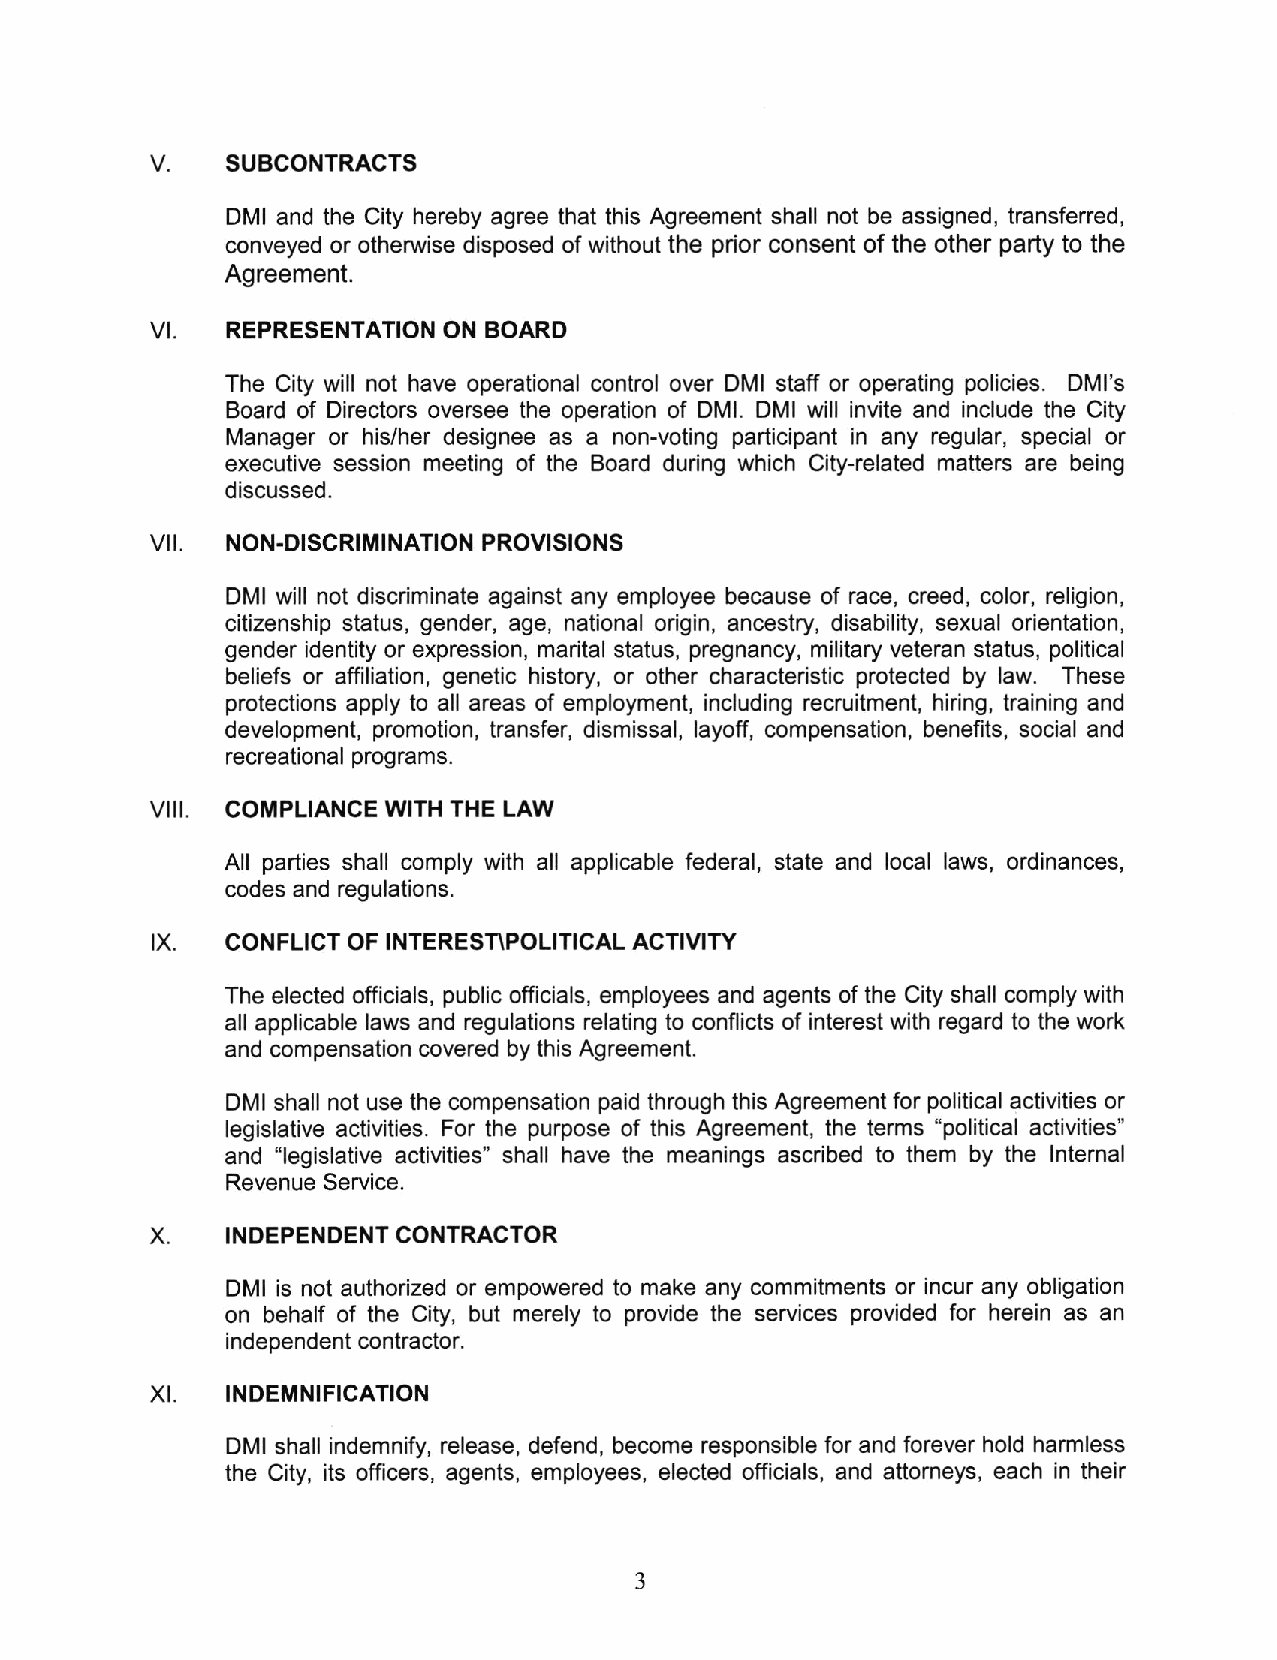
SUBCONTRACTS
 DMI and the City hereby agree that this Agreement shall not be assigned, transferred,
 conveyed or otherwise disposed of without the prior consent of the other party to the
 Agreement.
 vt.  REPRESENTATION ON BOARO
 The City will not have operational control over DMI staff or operating policies. DMI's
 Board of Directors oversee the operation of DMl. DMI will invite and include the City
 Manager or his/her designee as a non-voting participant in any regular, special or
 executive session meeting of the Board during which City-related matters are being
 discussed.
 vil. NON-DISCRIMINATION PROVISIONS
 DMI will not discriminate against any employee because of race, creed, color, religion,
 citizenship status, gender, age, national origin, ancestry, disability, sexual orientation,
 gender identity or expression, marital status, pregnancy, military veteran status, political
 beliefs or affiliation, genetic history, or other characteristic protected by law. These
 protections apply to all areas of employment, including recruitment, hiring, training and
 development, promotion, transfer, dismissal, layoff, compensation, benefits, social and
 recreational programs.
 vilt. COMPLIANCE WTH THE LAW
 All parties shall comply with all applicable federal, state and local laws, ordinances,
 codes and regulations.
 CONFLICT OF INTERESNPOLITICAL ACTIVITY
 The elected officials, public officials, employees and agents of the City shall comply with
 all applicable laws and regulations relating to conflicts of interest with regard to the work
 and compensation covered by this Agreement.
 DMI shall not use the compensation paid through this Agreement for political activities or
 legislative activities. For the purpose of this Agreement, the terms "political activities"
 and "legislative activities" shall have the meanings ascribed to them by the lnternal
 Revenue Service.
 INDEPENOENT CONTRACTOR
 DMI is not authorized or empowered to make any commitments or incur any obligation
 on behalf of the City, but merely to provide the services provided for herein as an
 independent contractor.
 xt.  INDEMNIFICATION
 DMI shall indemnify, release, defend, become responsible for and forever hold harmless
 the City, its officers, agents, employees, elected officials, and attorneys, each in their
 3